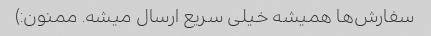
سفارش‌ها همیشه خیلی سریع ارسال میشه. ممنون:)